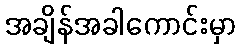
အချိန်အခါကောင်းမှာ